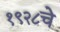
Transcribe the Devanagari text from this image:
१९२८चे